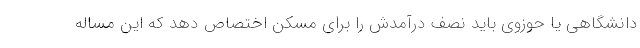
دانشگاهی یا حوزوی باید نصف درآمدش را برای مسکن اختصاص دهد که این مساله